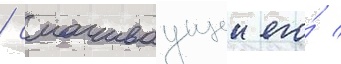
/ смачиваущеи его́ /